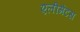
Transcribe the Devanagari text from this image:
एलीमेंटस